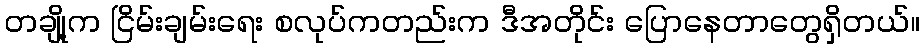
တချို့က ငြိမ်းချမ်းရေး စလုပ်ကတည်းက ဒီအတိုင်း ပြောနေတာတွေရှိတယ်။